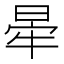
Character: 𣇟